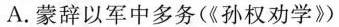
A. 蒙辞以军中多务(《孙权劝学》